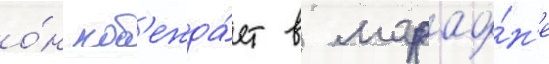
о́н поб'ежда́ет в марафо́н'е